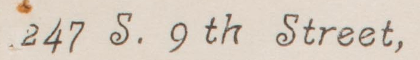
247 S. 9th Street,